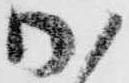
加